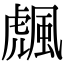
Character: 䬌